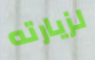
لزيارته